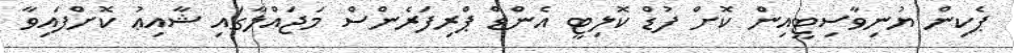
ޕެކިން ޔުނިވާސިޓީއިން ކޮށް ފުޑް ކޮލިޓީ އެންޑް ޕްރިފަރެންސް މަޖައްލާގައި ޝާއިޢު ކޮށްފައިވާ